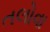
તલોવા